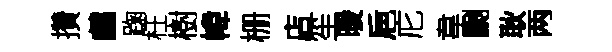
攢鸕踘枉樹幃栅店笙暖巵庀韋劂耿两